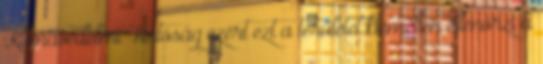
Klímavédelmi Hatóság ezért ezt a területet kiemelten ellenőrzi a